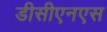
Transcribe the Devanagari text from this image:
डीसीएनएस